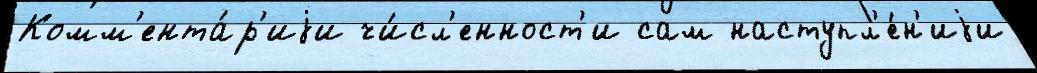
Комм'ента́р'иjи чи́сл'енност'и сам наступл'е́н'иjи